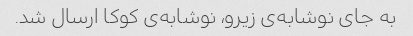
به جای نوشابه‌ی زیرو، نوشابه‌ی کوکا ارسال شد.